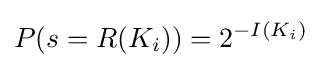
P(s=R(K_{i}))=2^{-I(K_{i})}